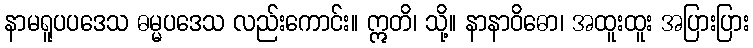
နာမရူပပဒေသ ဓမ္မပဒေသ လည်းကောင်း။ ဣတိ၊ သို့။ နာနာဝိဓော၊ အထူးထူး အပြားပြား